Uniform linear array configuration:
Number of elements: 48
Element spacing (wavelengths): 0.25
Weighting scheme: hann
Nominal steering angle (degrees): -60
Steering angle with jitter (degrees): -61.737
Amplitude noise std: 0.05
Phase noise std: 0.05

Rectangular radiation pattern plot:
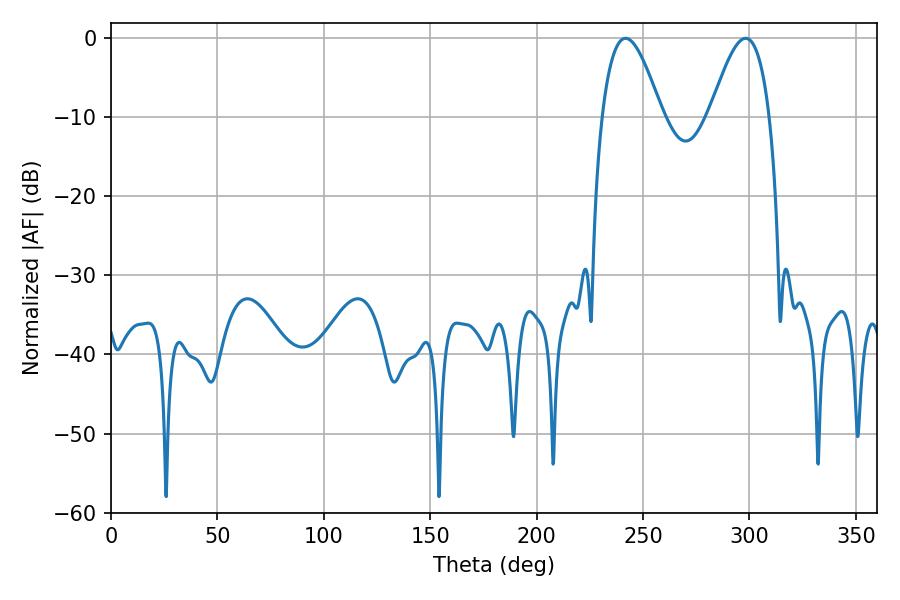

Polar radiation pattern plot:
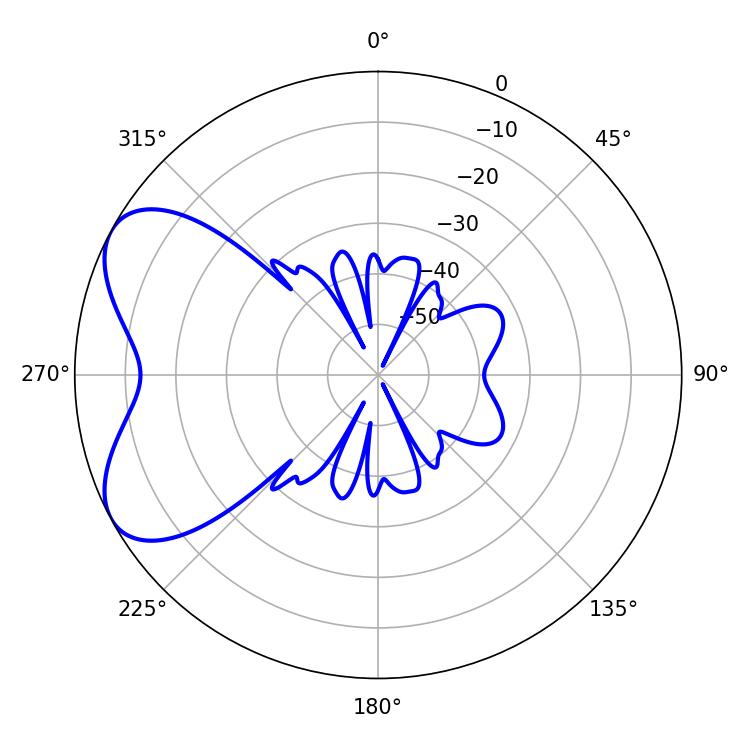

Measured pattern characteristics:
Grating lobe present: FALSE
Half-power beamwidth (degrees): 15.12
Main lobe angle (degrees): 241.74